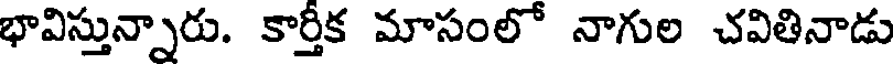
భావిస్తున్నారు. కార్తీక మాసంలో నాగుల చవితినాడు